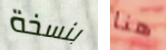
بنسخة هنا